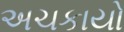
અચકાયો